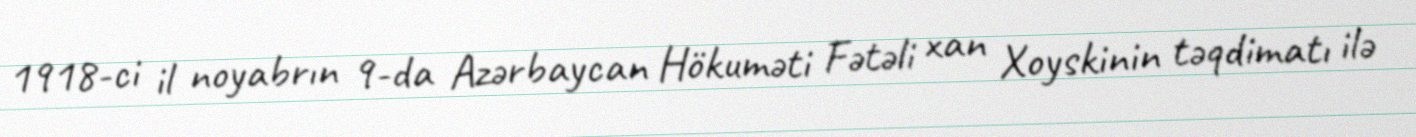
1918-ci il noyabrın 9-da Azərbaycan Hökuməti Fətəli xan Xoyskinin təqdimatı ilə